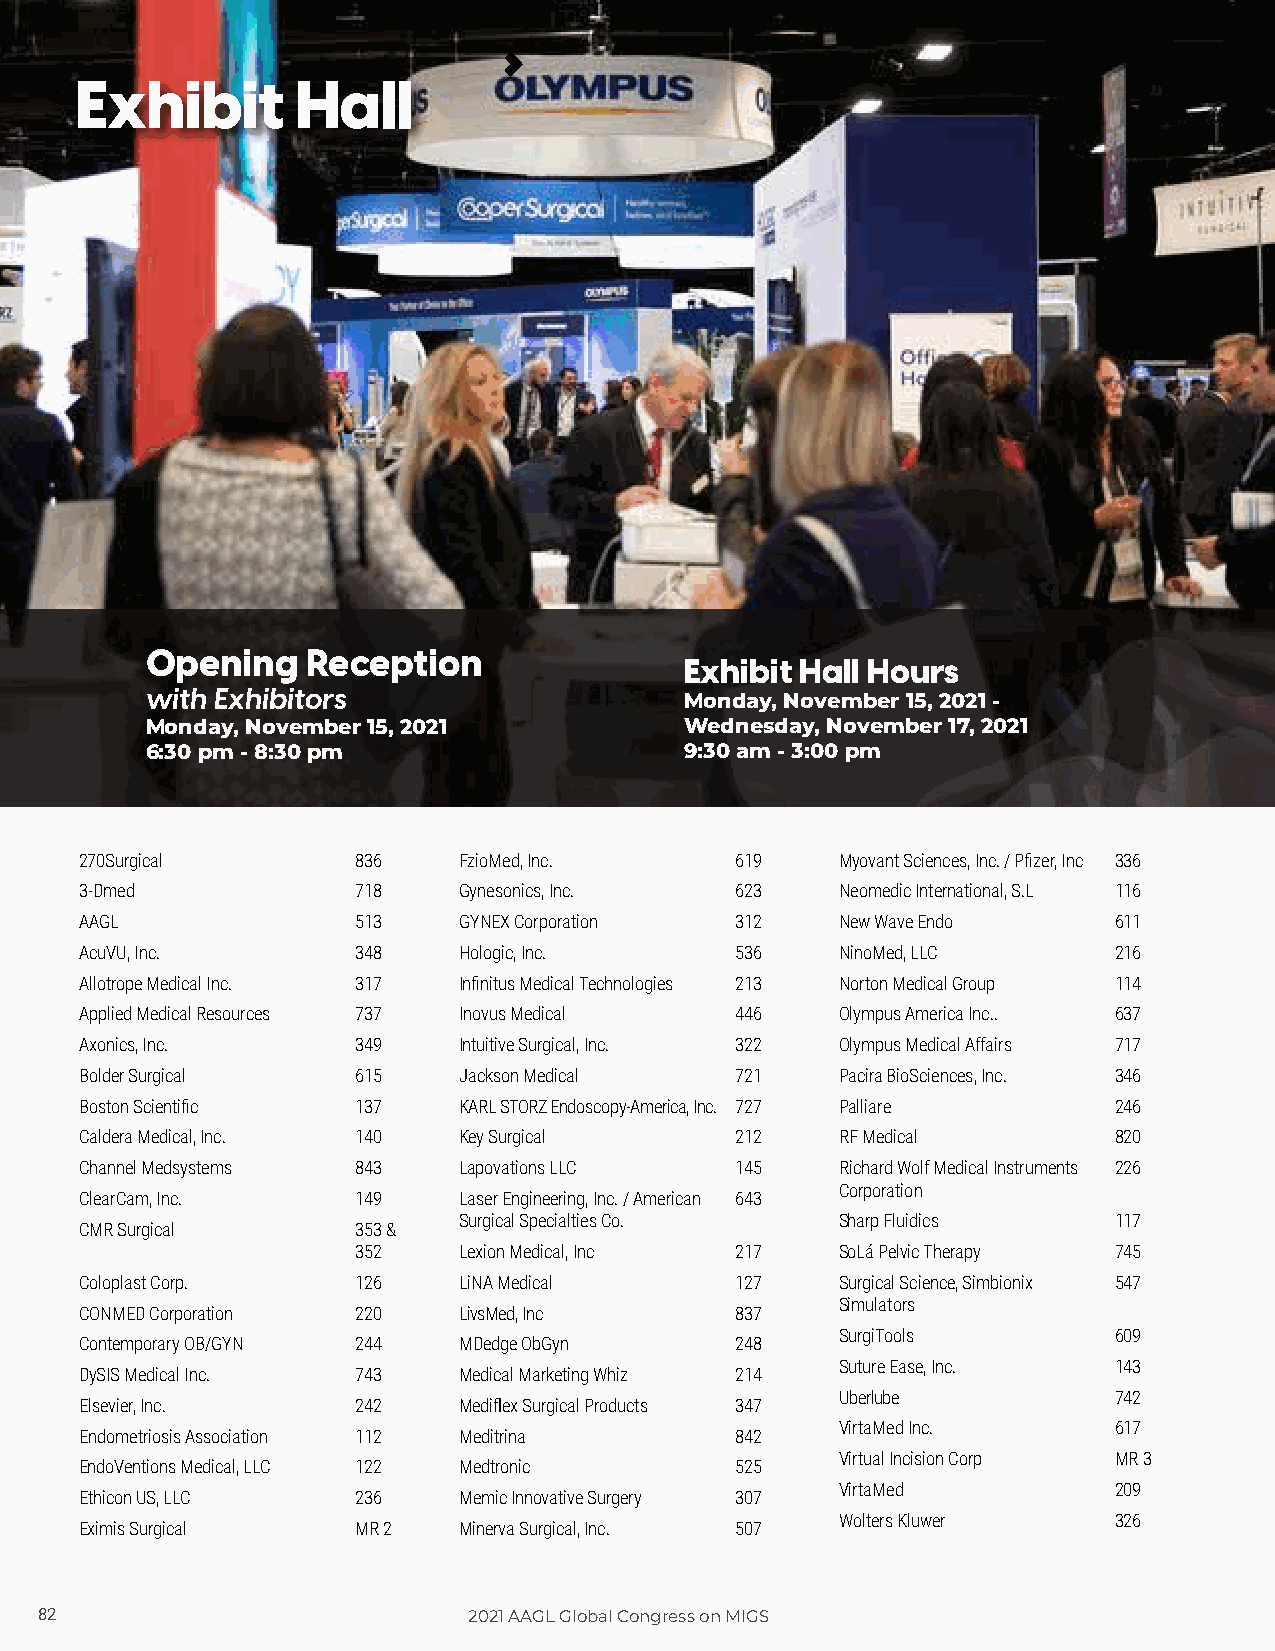
Exhibit        Hall
 Opening   Reception
 Exhibit Hall Hours
 with Exhibitors                    Monday, November 15, 2021 -
 Monday, November 15, 2021          Wednesday, November 17, 2021
 6:30 pm - 8:30 pm                  9:30 am - 3:00 pm
 270Surgical       836    FzioMed, Inc.      619    Myovant Sciences, Inc. / Pfizer, Inc 336
 3-Dmed            718    Gynesonics, Inc.   623    Neomedic International, S.L 116
 AAGL              513    GYNEX Corporation  312    New Wave Endo     611
 AcuVU, Inc.       348    Hologic, Inc.      536    NinoMed, LLC      216
 Allotrope Medical Inc. 317 Infinitus Medical Technologies 213 Norton Medical Group 114
 Applied Medical Resources 737 Inovus Medical 446   Olympus America Inc.. 637
 Axonics, Inc.     349    Intuitive Surgical, Inc. 322 Olympus Medical Affairs 717
 Bolder Surgical   615    Jackson Medical    721    Pacira BioSciences, Inc. 346
 Boston Scientific 137    KARL STORZ Endoscopy-America, Inc. 727 Palliare 246
 Caldera Medical, Inc. 140 Key Surgical      212    RF Medical        820
 Channel Medsystems 843   Lapovations LLC    145    Richard Wolf Medical Instruments 226
 Corporation
 ClearCam, Inc.    149    Laser Engineering, Inc. / American 643
 Surgical Specialties Co.  Sharp Fluidics    117
 CMR Surgical      353 &
 352    Lexion Medical, Inc 217   SoLá Pelvic Therapy 745
 Coloplast Corp.   126    LiNA Medical       127    Surgical Science, Simbionix 547
 Simulators
 CONMED Corporation 220   LivsMed, Inc       837
 SurgiTools        609
 Contemporary OB/GYN 244  MDedge ObGyn       248
 Suture Ease, Inc. 143
 DySIS Medical Inc. 743   Medical Marketing Whiz 214
 Uberlube          742
 Elsevier, Inc.    242    Mediflex Surgical Products 347
 VirtaMed Inc.     617
 Endometriosis Association 112 Meditrina     842
 Virtual Incision Corp MR 3
 EndoVentions Medical, LLC 122 Medtronic     525
 VirtaMed          209
 Ethicon US, LLC   236    Memic Innovative Surgery 307
 Wolters Kluwer    326
 Eximis Surgical   MR 2   Minerva Surgical, Inc. 507
 8822                         22002211 AAAAGGLL GGlloobbaall CCoonnggrreessss oonn MMIIGGSS